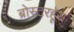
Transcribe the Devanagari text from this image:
ब्रोस्टरहूस